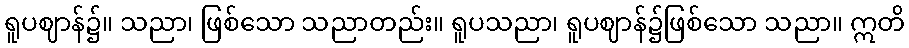
ရူပဈာန်၌။ သညာ၊ ဖြစ်သော သညာတည်း။ ရူပသညာ၊ ရူပဈာန်၌ဖြစ်သော သညာ။ ဣတိ